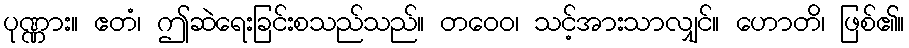
ပုဏ္ဏား။ ဧတံ၊ ဤဆဲရေးခြင်းစသည်သည်။ တဝေဝ၊ သင့်အားသာလျှင်။ ဟောတိ၊ ဖြစ်၏။